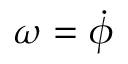
\omega = \dot { \phi }